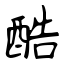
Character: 酷